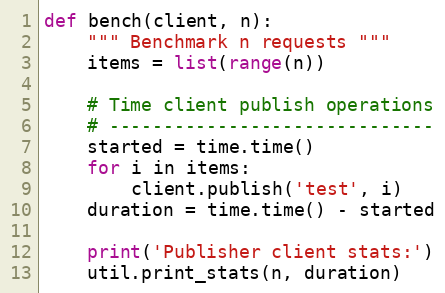
Language: Python
def bench(client, n):
    """ Benchmark n requests """
    items = list(range(n))

    # Time client publish operations
    # ------------------------------
    started = time.time()
    for i in items:
        client.publish('test', i)
    duration = time.time() - started

    print('Publisher client stats:')
    util.print_stats(n, duration)